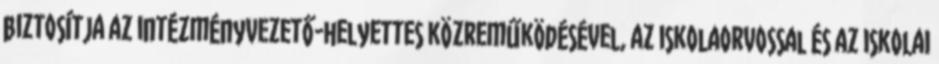
biztosítja az intézményvezető-helyettes közreműködésével, az iskolaorvossal és az iskolai